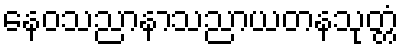
နေဝသညာနာသညာယတနသုတ္တံ